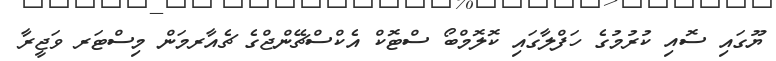
ޔޫގައި ސޮއި ކުރުމުގެ ހަފްލާގައި ކޮލޮމްބޯ ސްޓޮކް އެކްސްޗޭންޖްގެ ޗެއާރމަން މިސްޓަރ ވަޖީރާ